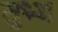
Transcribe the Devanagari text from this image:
तुभ्य